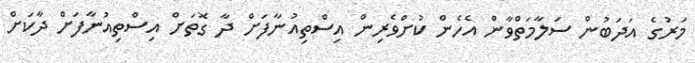
މަރުގެ އަދަބުން ސަލާމަތްވާން އެހެން ކުށްވެރިން އިސްތިއުނާފަށް ދާ ގޮތަށް އިސްތިއުނާފަށް ދާކަށް